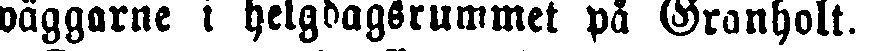
wäggarne i helgdagsrummet på Granholt.